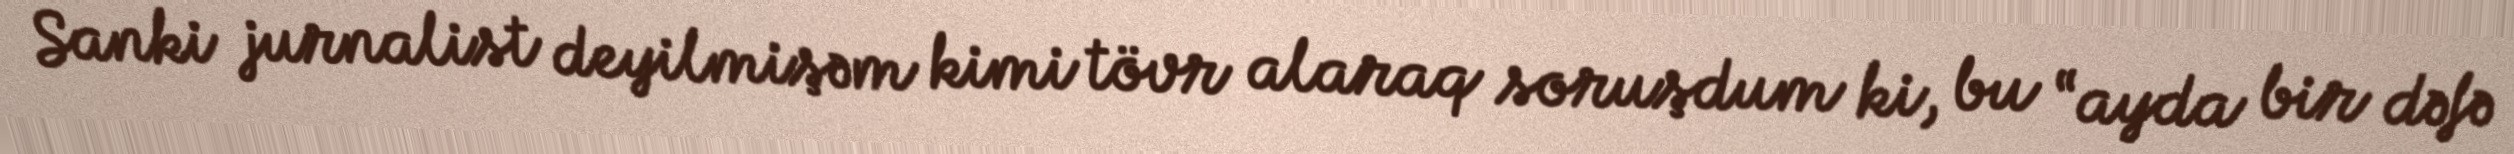
Sanki jurnalist deyilmişəm kimi tövr alaraq soruşdum ki, bu “ayda bir dəfə